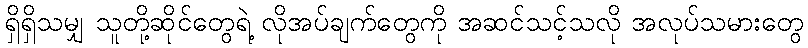
ရှိရှိသမျှ သူတို့ဆိုင်တွေရဲ့ လိုအပ်ချက်တွေကို အဆင်သင့်သလို အလုပ်သမားတွေ